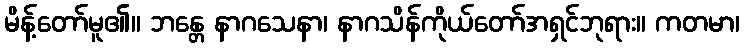
မိန့်တော်မူ၏။ ဘန္တေ နာဂသေနာ၊ နာဂသိန်ကိုယ်တော်အရှင်ဘုရား။ ကတမာ၊